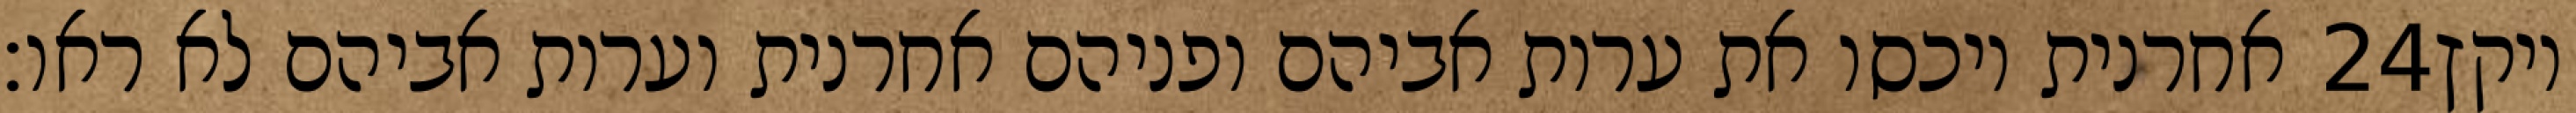
אחרנית ויכסו את ערות אביהם ופניהם אחרנית וערות אביהם לא ראו׃ ‎24‏ ויקץ